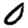
Digit: 0